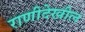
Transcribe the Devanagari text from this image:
राणीदेखील